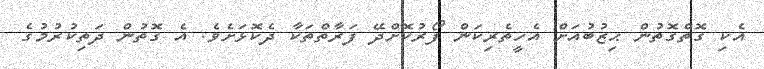
އެކި ގޮތްގޮތުން ޙިޒުބުއަށް އެހީތެރިކަން ފޯރުކޮށްދޭ ފަރާތްތަކާ ދެކޮޅަށެވެ. އެ ގޮތުން ދަތިކުރުމުގެ